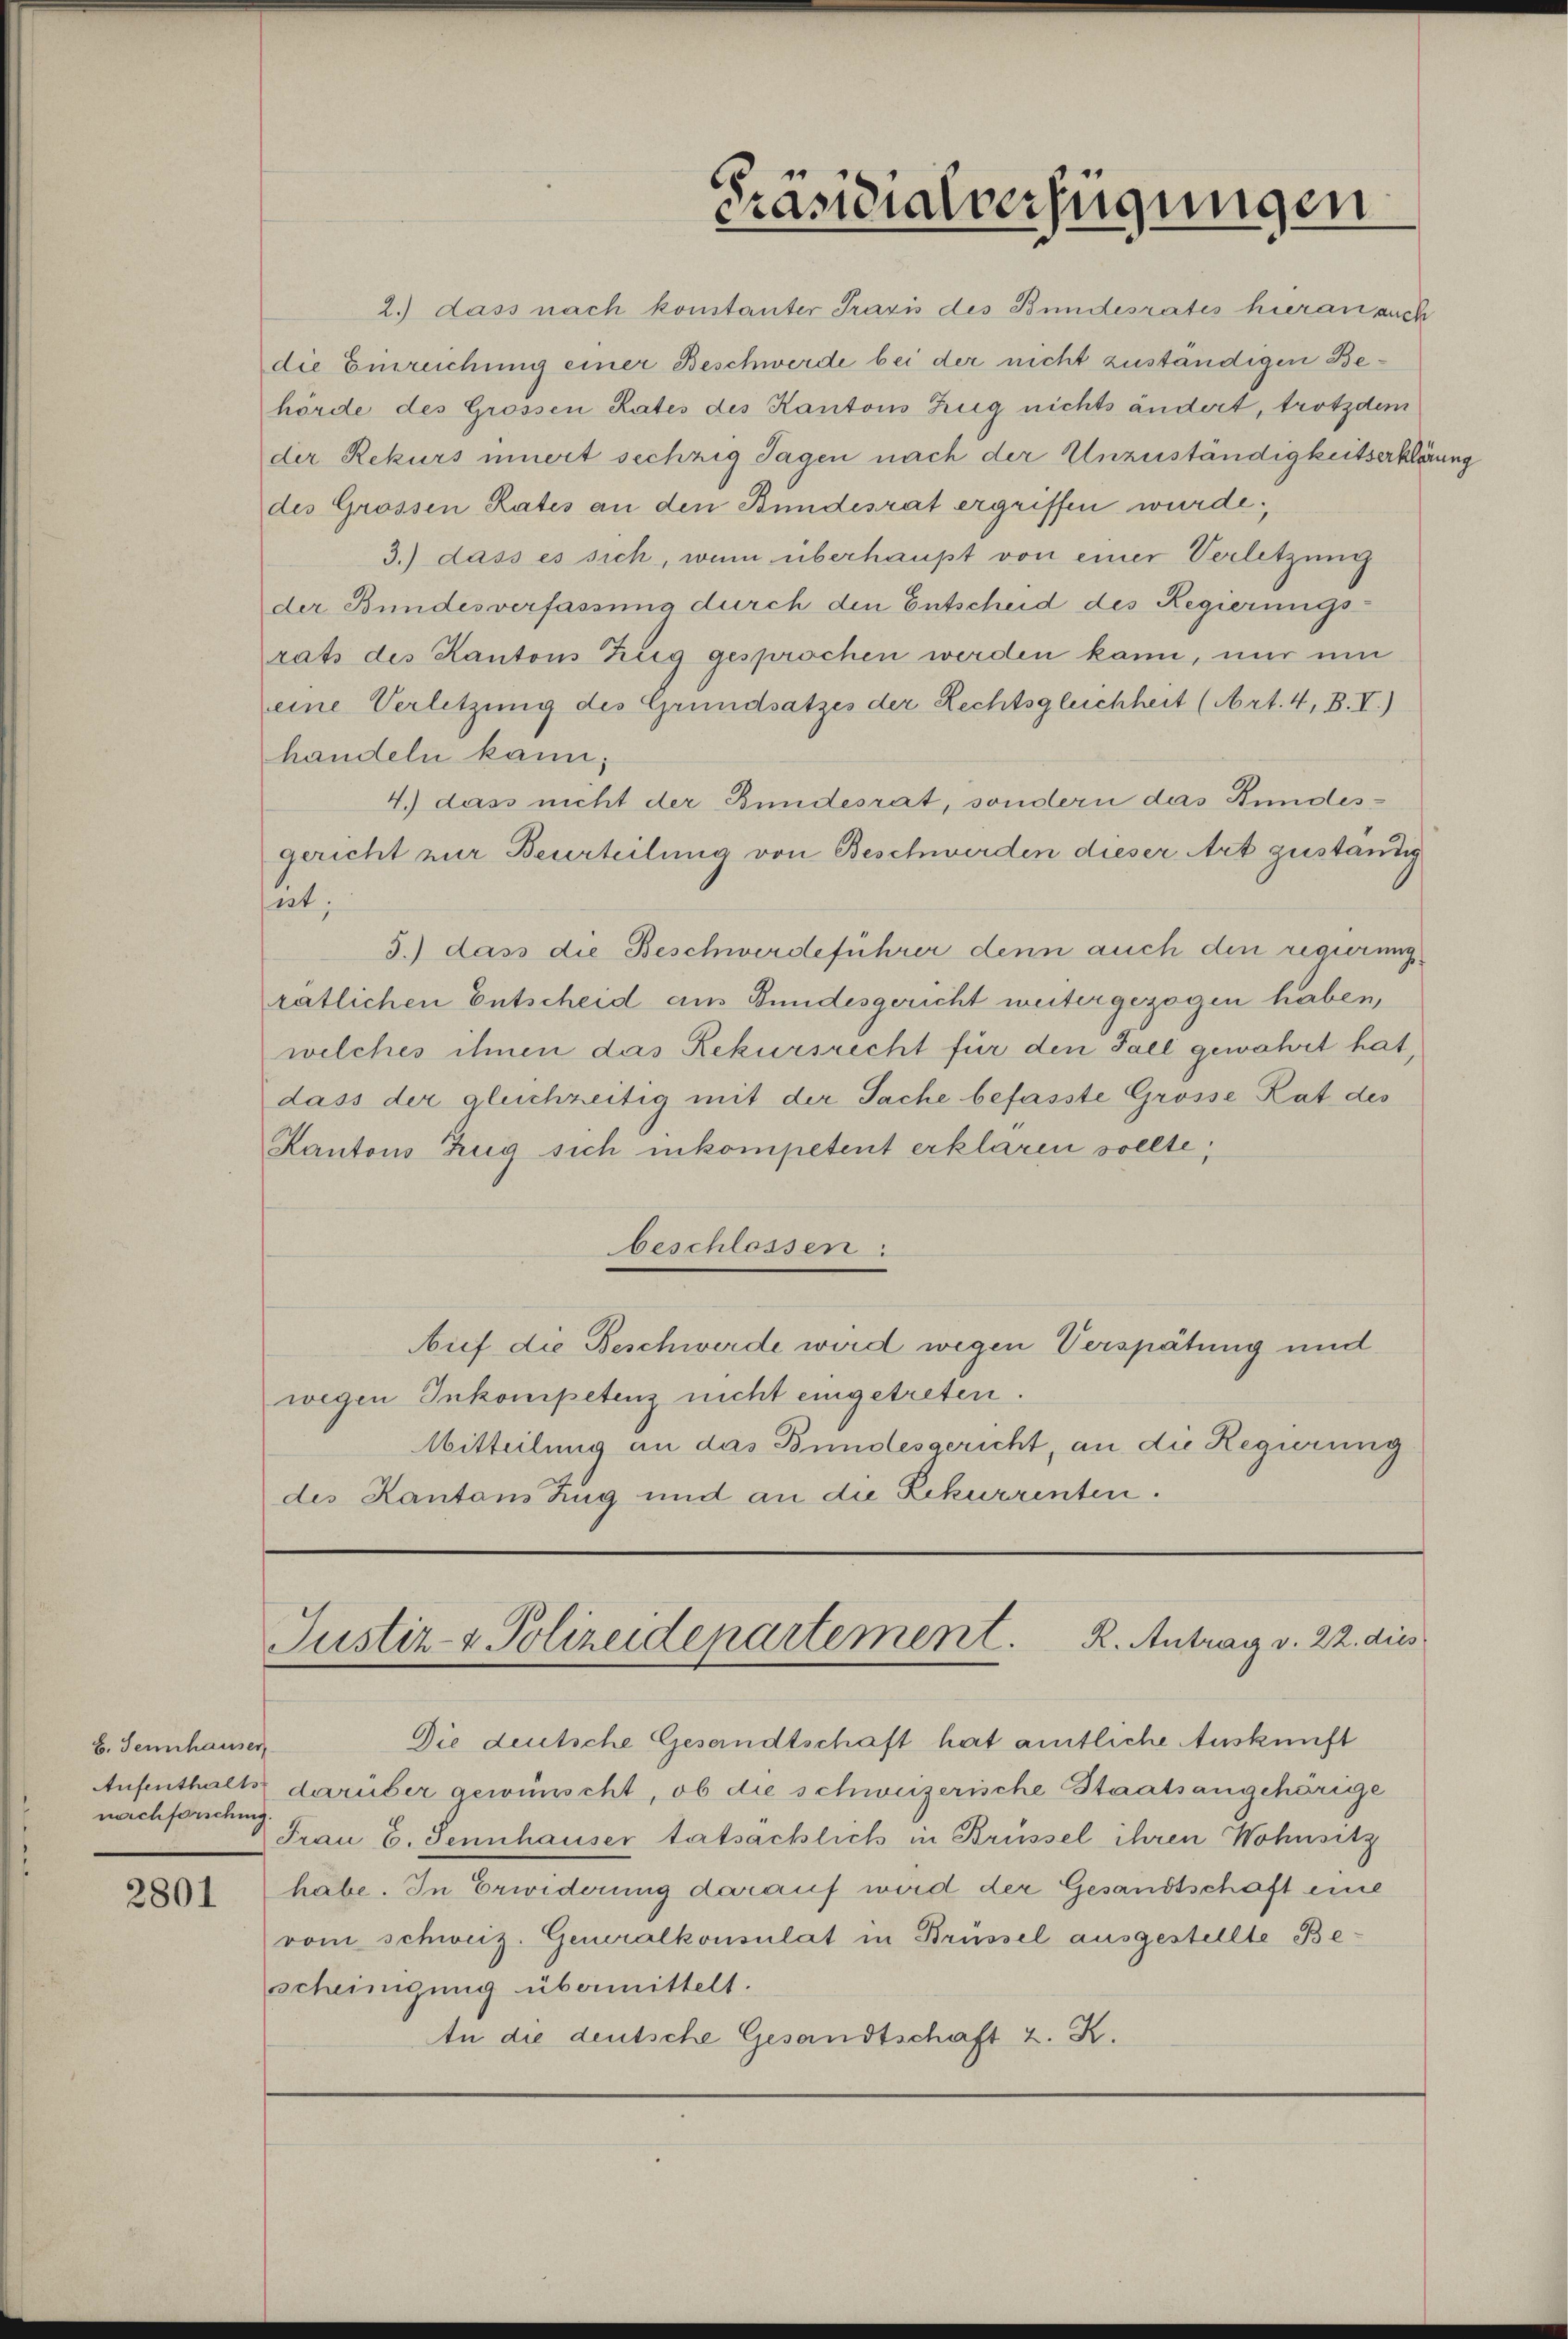
8. Sennhauser
nachforsching

2801

Präsidialverfügungen

Justiz- & Polizeidepartement. K. Antrag v. 22. dies

2.) dass nach konstanter Praxis des Bundesrates hieran auch
die Einreichung einer Beschwerde bei der nicht zuständigen Behörde des Grossen Rates des Kantons Zug nichts ändert, trotzdem
der Rekurs innert sechzig Tagen nach der Unzuständigkeitserklärung
des Grossen Rates an den Bundesrat ergriffen wurde.
3.) dass es sich, wenn überhaupt von einer Verletzung
der Bundesverfassung durch den Entscheid des Regierungsrats des Kantons Zug gesprochen werden kann, nur um
eine Verletzung des Grundsatzes der Rechtsgleichheit (Art. 4, B.I.)
handeln kann;
4.) dass nicht der Bundesrat, sondern das Bundesgericht nur Beurteilung von Beschwerden dieser Art zuständig
at:
5.) dass die Beschwerdeführer denn auch den regierung
ratlichen Entscheid aus Bundesgericht weitergezogen haben,
welches ihmen das Rekursrecht für den Fall gewährt hat,
dass der gleichzeitig mit der Sache befasste Grosse Rat des
Kantons Zug sich inkompetent erklären sollte,
beschlossen:
Auf die Beschwerde wird wegen Verspätung und
wegen Inkompetenz nicht eingetreten.
Mitteilung an das Bundesgericht, an die Regierung
des Kantons Zug und an die Rekurrenten.

Die deutsche Gesandtschaft hat amtliche Auskunft
Aufenthalts darüber gewünscht, ob die schweizerische Staatsangehörige
Frau B. Sennhauser tatsächlich in Brüssel ihren Wohnsitz
habe. In Erwiderung darauf wird der Gesandtschaft eine
vom schweiz. Generalkonsulat in Brüssel ausgestellte Bescheinigung übermittelt.
In die deutsche Gesandtschaft z. K.